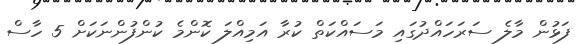
ފަޅުން މާލެ ސަރަހައްދުގައި މަސައްކަތް ކުރާ އަމިއްލަ ކޮންމެ ކުންފުންނަކަށް 5 ހާސް